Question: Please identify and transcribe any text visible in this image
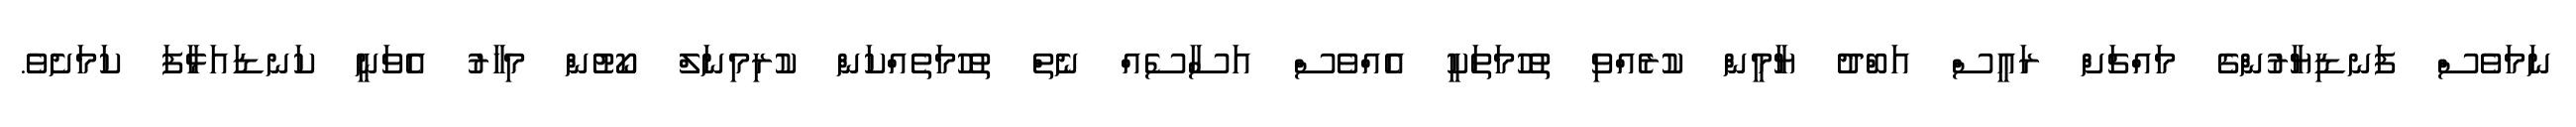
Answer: ނަމަވެސް ފަނޑިޔާރުންގެ މައްޗަށް ރައީސް އަބްދު ޔާމީން ކުރެއްވި ތުހުމަތަކީ އެއްވެސް އަސާސެއް ނެތް ތުހުމަތެއްކަން ކުރިމިނަލް ކޯޓުން މިހާރު އެވަނީ ކަނޑައަޅާފަ ކަމަށެވެ.